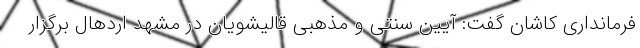
فرمانداری کاشان گفت: آیین سنتی و مذهبی قالیشویان در مشهد اردهال برگزار